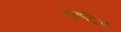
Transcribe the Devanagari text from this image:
डाइट्रिच